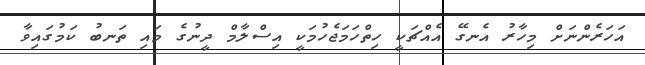
އަހަރެންނަށް މިހާރު އެނގޭ އެއްޗަކީ ހިތްހަމަޖެހުމަކީ އިސްލާމް ދީނުގެ މައި ތަނބު ކަމުގައިވާ